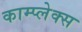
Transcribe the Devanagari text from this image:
काम्‍प्‍लेक्स